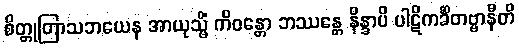
စိတ္တုတြာသဘယေန အာယုသ္မိံ ကိဝန္တော ဘဿန္တေ နိန္ဒာပိ ပါဋိကင်္ခိတဗ္ဗာနီတိ